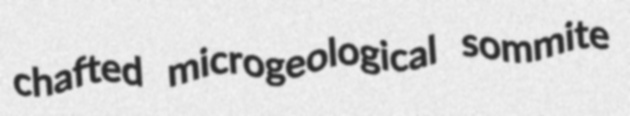
chafted microgeological sommite